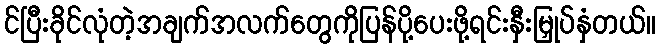
င်ပြီးခိုင်လုံတဲ့အချက်အလက်တွေကိုပြန်ပို့ပေးဖို့ရင်းနှီးမြှုပ်နှံတယ်။